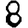
Digit: 8